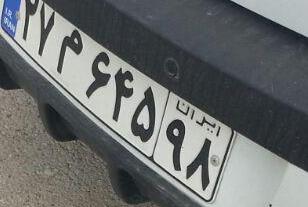
۲۷م۶۴۵۹۸